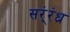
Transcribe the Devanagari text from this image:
सर्ंरंध्र